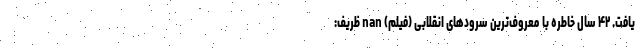
یافت. ۴۲ سال خاطره با معروف‌ترین سرودهای انقلابی (فیلم) nan ظریف: